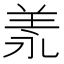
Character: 𦍛